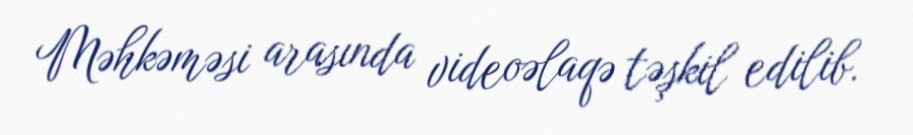
Məhkəməsi arasında videoəlaqə təşkil edilib.